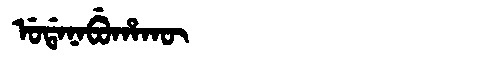
Manchu: ᡠᡩᠠᠨᠠᠪᡠᡥᠠᡴᡡ
Romanization: UDANABUHAKŪ